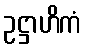
ဥဋ္ဌာဟိကံ